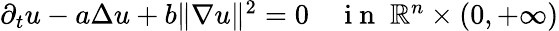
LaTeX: \begin{array}{r}{\partial_{t}u-a\Delta u+b\| \nabla u\| ^{2}=0\quad\mathrm{~i~n~}\; \mathbb{R}^{n}\times(0,+\infty)}\end{array}